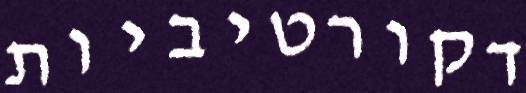
דקורטיביות